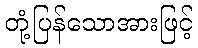
တုံ့ပြန်သောအားဖြင့်